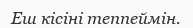
Еш кісіні теппеймін.